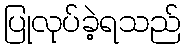
ပြုလုပ်ခဲ့ရသည်